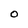
Character: O